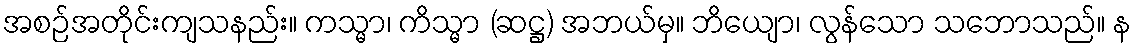
အစဉ်အတိုင်းကျသနည်း။ ကသ္မာ၊ ကိသ္မာ (ဆဋ္ဌ) အဘယ်မှ။ ဘိယျော၊ လွန်သော သဘောသည်။ န